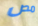
مص